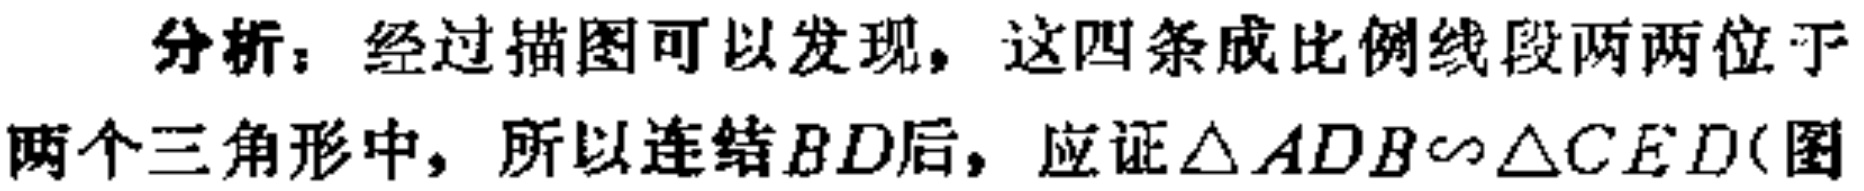
分析：经过描图可以发现，这四条成比例线段两两位于两个三角形中，所以连结\(BD\)后，应证\(\triangle ADB\sim\triangle CED\)(图